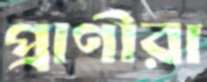
প্রাণীরা